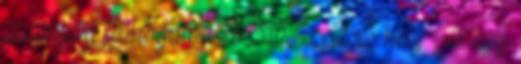
államilag támogatott és 50 fizetéses hely , és egy